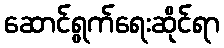
ဆောင်ရွက်ရေးဆိုင်ရာ